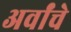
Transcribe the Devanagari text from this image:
अर्वांचे